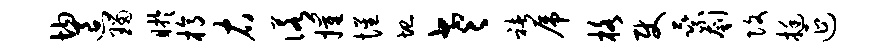
均退瑙盱槁右诺摧惺圮老褚虎格使乘刳改挺延